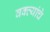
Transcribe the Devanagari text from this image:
वक्त्यांचे